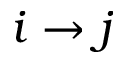
i \to j